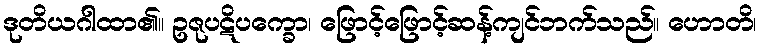
ဒုတိယဂါထာ၏။ ဥဇုပဋိပက္ခော၊ ဖြောင့်ဖြောင့်ဆန့်ကျင်ဘက်သည်။ ဟောတိ၊